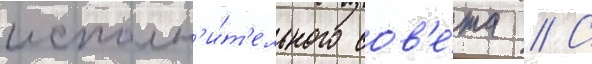
исполн'и́т'ельного сов'е́та // С